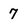
Character: 7